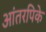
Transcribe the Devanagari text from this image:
आंतरपिके